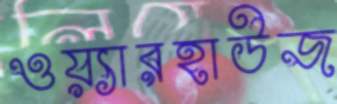
ওয়্যারহাউজ